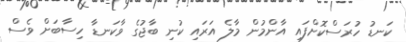
ކަނޑު ހުރަސްކޮށްފައި އާންމުން މާލެ އަރައި ކުނި ބާޖުގެ ވާކަނޑާ ހިސާބަށް ވެސް